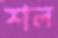
শল